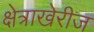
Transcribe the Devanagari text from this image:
क्षेत्राखेरीज